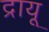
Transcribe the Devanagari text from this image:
द्रायू